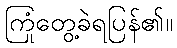
ကြုံတွေ့ခဲရပြန်၏။